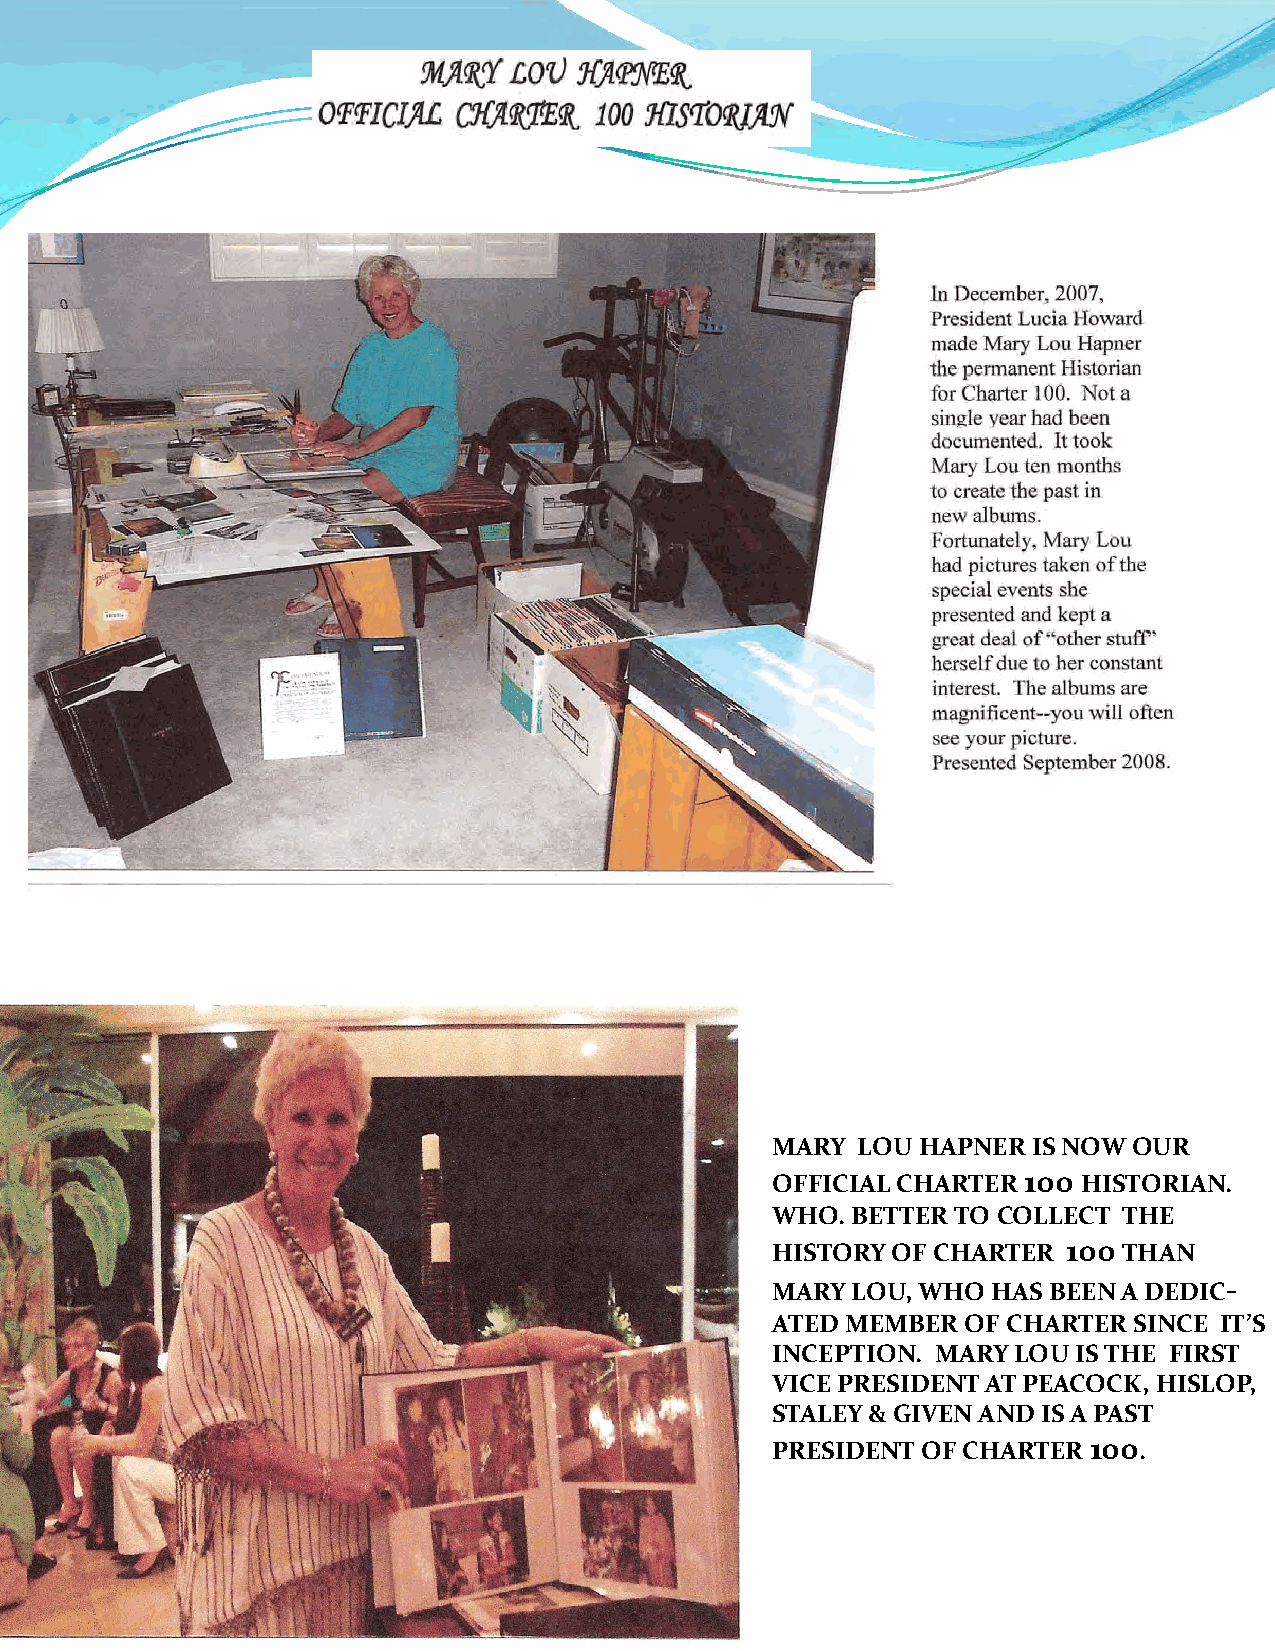
MARY  LOU HAPNER IS NOW OUR
 OFFICIAL CHARTER 100 HISTORIAN.
 WHO. BETTER TO COLLECT THE
 HISTORY OF CHARTER  100THAN
 MMAARRYY LLOOUU, WWHHOO HHAASS BBEEEENN AA DDEEDDIICC‐
 ATED MEMBER  OF CHARTER SINCE IT’S
 INCEPTION. MARY LOU IS THE FIRST
 VICE PRESIDENT AT PEACOCK, HISLOP,
 STALEY & GIVEN AND IS A PAST
 PRESIDENT OF CHARTER 100.
 62